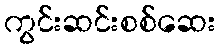
ကွင်းဆင်းစစ်ဆေး